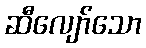
ဆီလျော်သော